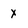
Character: x